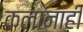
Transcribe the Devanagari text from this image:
कलानाही